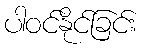
ပါဝင်နိုင်ခြင်း